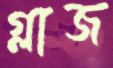
গ্লাজ